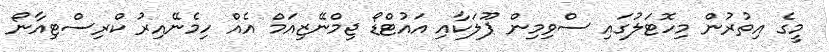
މީގެ އިތުރުން މިހޮޓަލުގައި ސްވިމިން ޕޫލަކާއި އައުޓްޑޯ ޖިމްނޭޒިއަމް އެއް ހިމެނޭއިރު ކްރިސްޓިއާނޯ